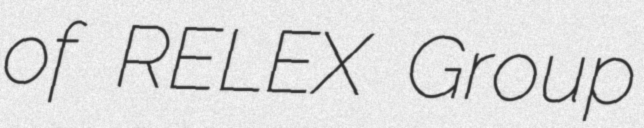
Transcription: of RELEX Group